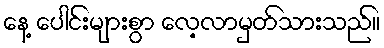
နေ့ ပေါင်းများစွာ လေ့လာမှတ်သားသည်။